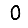
Digit: 0